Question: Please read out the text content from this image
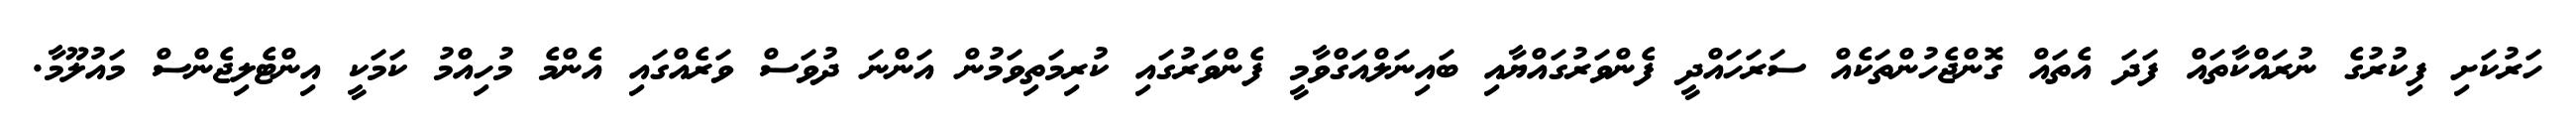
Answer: ހަރުކަށި ފިކުރުގެ ނުރައްކާތައް ފަދަ އެތައް ގޮންޖެހުންތަކެއް ސަރަހައްދީ ފެންވަރުގައްޔާއި ބައިނަލްއަގްވާމީ ފެންވަރުގައި ކުރިމަތިވަމުން އަންނަ ދުވަސް ވަރެއްގައި އެންމެ މުހިއްމު ކަމަކީ އިންޓެލިޖެންސް މައުލޫމާ.